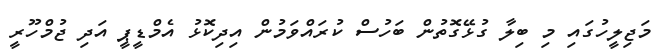
މަޖިލީހުގައި މި ބިިލާ ގުޅޭގޮތުން ބަހުސް ކުރައްވަމުން އިދިކޮޅު އެމްޑީޕީ އަދި ޖުމްހޫރީ